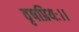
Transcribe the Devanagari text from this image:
वृषप्रियः।।